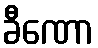
ခီဏော